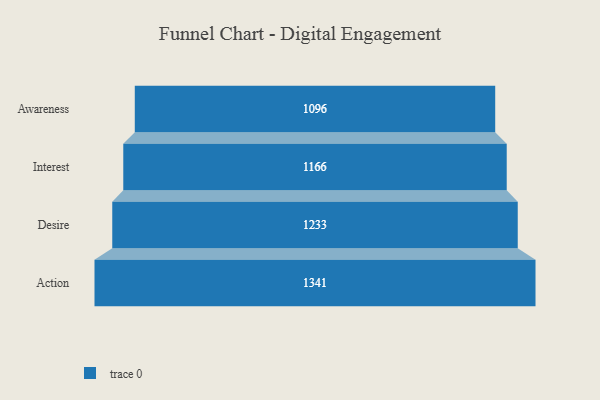
{"axis": {"x": "Stage", "y": "Value"}, "legend": [""], "data": [{"x": "Awareness", "y": 1096.0, "type": ""}, {"x": "Interest", "y": 1166.0, "type": ""}, {"x": "Desire", "y": 1233.0, "type": ""}, {"x": "Action", "y": 1341.0, "type": ""}]}